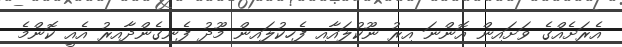
އެރަށެއްގެ ވަށައިން އޮންނަ އިރު ނޫކުލައާއި ފެހިކުލައިން މޫދު ފެނިގެންދާއިރު އެއީ ކޮންމެ